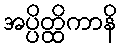
အပ္ပိတ္ထိကာနိ